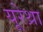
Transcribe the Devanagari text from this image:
यूरेथ्रा